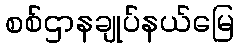
စစ်ဌာနချုပ်နယ်မြေ